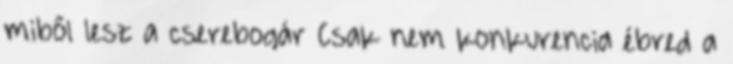
miből lesz a cserebogár Csak nem konkurencia ébred a